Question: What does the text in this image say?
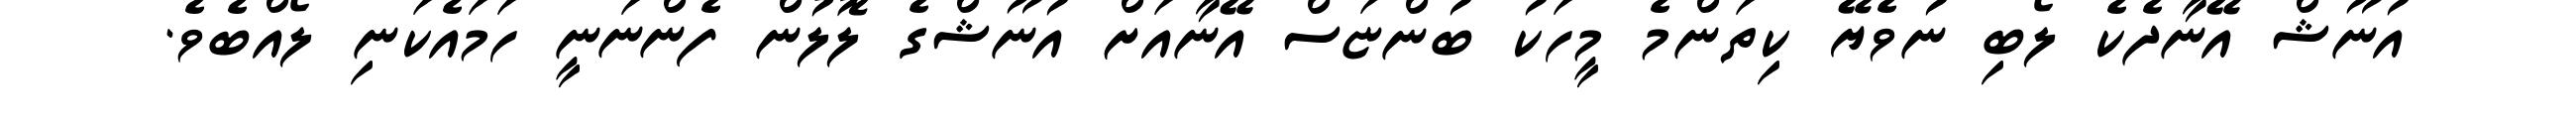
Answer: އުނޫޝް އޭނާދެކެ ލޯބި ނުވެޔޭ ކިތަންމެ މީހަކު ބުންޏަސް އޭނާއަށް އުނޫޝްގެ ލޮލުން ފެންނަނީ ހަމައެކަނި ލޯއްބެވެ.